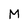
Character: M